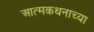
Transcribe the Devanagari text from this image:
आत्मकथनाच्या